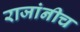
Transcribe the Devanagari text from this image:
राजांनीच